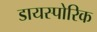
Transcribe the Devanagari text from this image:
डायस्पोरिक